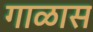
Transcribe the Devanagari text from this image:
गाळास